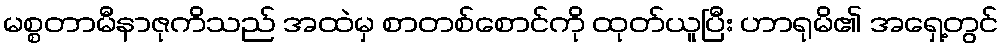
မစ္စတာမီနာဇုကိသည် အထဲမှ စာတစ်စောင်ကို ထုတ်ယူပြီး ဟာရုမိ၏ အရှေ့တွင်